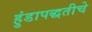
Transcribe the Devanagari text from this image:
हुंडापद्धतीचे